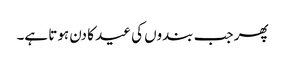
پھر جب بندوں کی عید کا دن ہوتا ہے۔